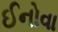
ઈનોવા